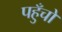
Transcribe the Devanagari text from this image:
पहुँचों